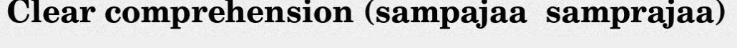
Clear comprehension (sampajaa  samprajaa)